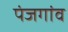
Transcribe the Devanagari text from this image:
पंजगांव